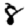
Digit: 8